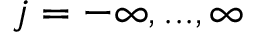
j = - \infty , . . . , \infty